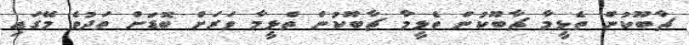
ޗާބޫކުން ތެޅީމާ ޗާބޫކުން ތެޅީމާ ޗާބޫކުން ތެޅީމާ ވަރަށް ބޮޑަށް ތަދުވެ މޭގައި